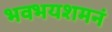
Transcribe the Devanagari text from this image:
भवभयशमनं